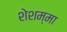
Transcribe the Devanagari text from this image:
शेशम्मा